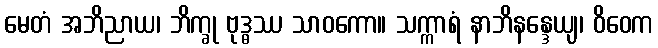
မေတံ အဘိညာယ၊ ဘိက္ခု ဗုဒ္ဓဿ သာဝကော။ သက္ကာရံ နာဘိနန္ဒေယျ၊ ဝိဝေက